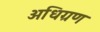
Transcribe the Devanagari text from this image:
अधिग्रण